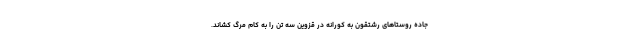
جاده روستاهای رشتقون به کورانه در قزوین سه تن را به کام مرگ کشاند.